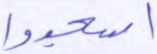
اسجدوا